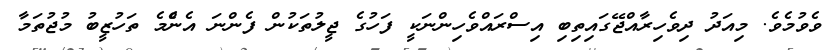
ވެވުމެވެ. މިއަދު ދިވެހިރާއްޖޭގައިތިބި އިސްރައްވެހިންނަކީ ފަހުގެ ޖީލުތަކުން ފެންނަ އެންެމެ ތަހުޒީބު މުޖުތަމާ